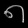
Digit: ၈